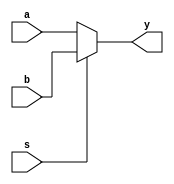
`timescale 1ns / 1ps
//////////////////////////////////////////////////////////////////////////////////
// Company: 
// Engineer: 
// 
// Design Name: 
// Module Name: mux_2to1
// Project Name: 
// Target Devices: 
// Tool Versions: 
// Description: 
// 
// Dependencies: 
// 
// Revision:
// Revision 0.01 - File Created
// Additional Comments:
// 
//////////////////////////////////////////////////////////////////////////////////


module mux_2to1(
    input a,
    input b,
    input s,
    output y
    );
    assign y=(!s)?a:b;
endmodule